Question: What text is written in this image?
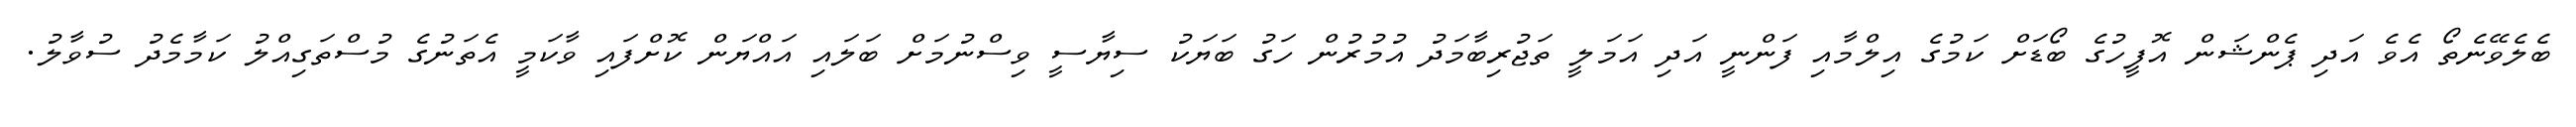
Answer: ބެލެވޭނެތޯ އެވެ އަދި ޕެންޝަން އޮފީހުގެ ބޯޑަށް ކަމުގެ އިލްމާއި ފަންނީ އަދި އަމަލީ ތަޖުރިބާމަދު އުމުރުން ހަގު ބަޔަކު ސިޔާސީ ވިސްނުމަށް ބަލައި އައްޔަން ކޮށްފައި ވާކަމީ އެތަނުގެ މުސްތަގިއްލު ކަމާމެދު ސުވާލު.